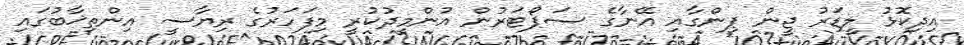
އިދިކޮޅު ލީޑަރު ޖީން ޕިންގާއި އޭނާގެ ސަޕޯޓަރުން އުންމީދުކުރީ މިފަހަރުގެ ރިޔާސީ އިންތިޚާބުގައި